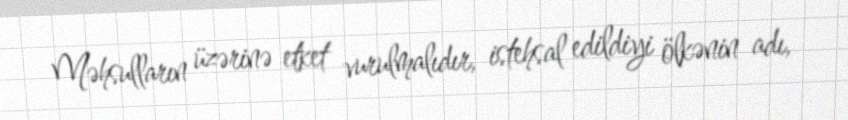
Məhsulların üzərinə etket vurulmalıdır, istehsal edildiyi ölkənin adı,